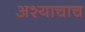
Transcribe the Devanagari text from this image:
अश्याचाच